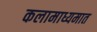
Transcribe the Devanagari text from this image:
कलामाध्यमात